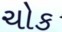
ચોક